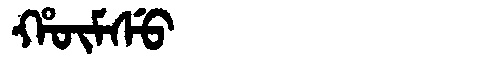
Manchu: ᡥᡡᠮᠰᡠ
Romanization: HŪMSU